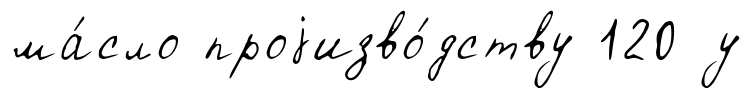
ма́сло проjизво́дству 120 у